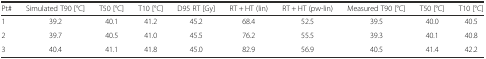
<table><thead><tr><td><b>Pt#</b></td><td><b>Simulated T90 [°C]</b></td><td><b>T50 [°C]</b></td><td><b>T10 [°C]</b></td><td><b>D95 RT [Gy]</b></td><td><b>RT + HT (lin)</b></td><td><b>RT + HT (pw-lin)</b></td><td><b>Measured T90 [°C]</b></td><td><b>T50 [°C]</b></td><td><b>T10 [°C]</b></td></tr></thead><tbody><tr><td>1</td><td>39.2</td><td>40.1</td><td>41.2</td><td>45.2</td><td>68.4</td><td>52.5</td><td>39.5</td><td>40.0</td><td>40.5</td></tr><tr><td>2</td><td>39.7</td><td>40.5</td><td>41.0</td><td>45.5</td><td>76.2</td><td>55.5</td><td>39.3</td><td>40.1</td><td>40.8</td></tr><tr><td>3</td><td>40.4</td><td>41.1</td><td>41.8</td><td>45.0</td><td>82.9</td><td>56.9</td><td>40.5</td><td>41.4</td><td>42.2</td></tr></tbody></table>